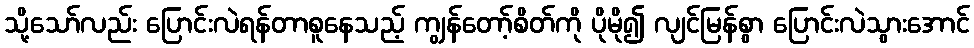
သို့သော်လည်း ပြောင်းလဲရန်တာစူနေသည့် ကျွန်တော့်စိတ်ကို ပိုမို၍ လျင်မြန်စွာ ပြောင်းလဲသွားအောင်